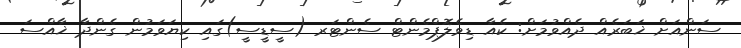
ސަންއަށް ޚަބަރެއް ދެއްވުމަށް: ކެއާ ޑިވެލޮޕްމެންޓް ސެންޓަރ (ސީޑީސީ)ގައި ކިޔަވަމުން ގެންދާ ޚާއްސަ